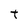
Character: t